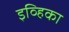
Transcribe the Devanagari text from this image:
इव्हिका